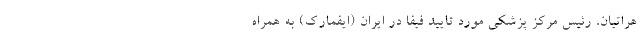
هراتیان، رئیس مرکز پزشکی مورد تایید فیفا در ایران (ایفمارک) به همراه